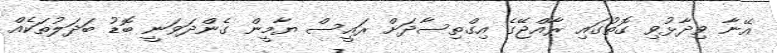
އޭނާ ވިދާޅުވި ގޮތުގައި ރާއްޖޭގެ އިގްތިސާދަށް ރައީސް ޔާމީން ގެންދަވަނީ ބޮޑު ބަދަލުތަކެއް